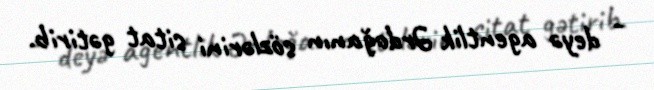
- deyə agentlik Ərdoğanın sözlərini sitat gətirib.